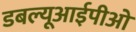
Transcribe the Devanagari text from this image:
डबल्यूआईपीओ